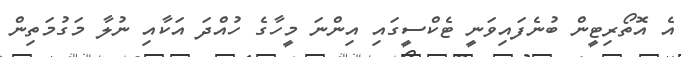
އެ އޮތޯރިޓީން ބުނެފައިވަނީ ޓެކްސީގައި އިންނަ މީހާގެ ހުއްދަ އަކާއި ނުލާ މަގުމަތިން